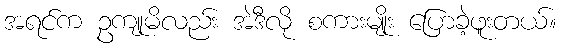
အရင်က ဥကျုမိလည်း အဲဒီလို စကားမျိုး ပြောခဲ့ဖူးတယ်။